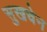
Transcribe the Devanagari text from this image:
सुखचेन